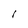
Character: I